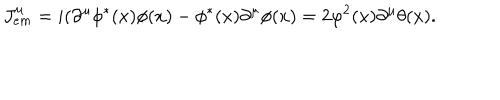
J _ { e m } ^ { \mu } = i ( \partial ^ { \mu } \phi ^ { * } ( x ) \phi ( x ) - \phi ^ { * } ( x ) \partial ^ { \mu } \phi ( x ) = 2 \varphi ^ { 2 } ( x ) \partial ^ { \mu } \theta ( x ) .